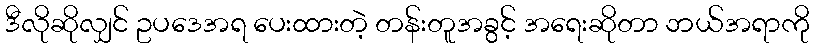
ဒီလိုဆိုလျှင် ဥပဒေအရ ပေးထားတဲ့ တန်းတူအခွင့် အရေးဆိုတာ ဘယ်အရာကို